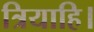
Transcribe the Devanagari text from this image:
त्रियाहि।